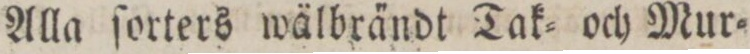
Alla ſorters wälbrändt Tak= och Mur=